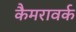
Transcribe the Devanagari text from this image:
कैमरावर्क